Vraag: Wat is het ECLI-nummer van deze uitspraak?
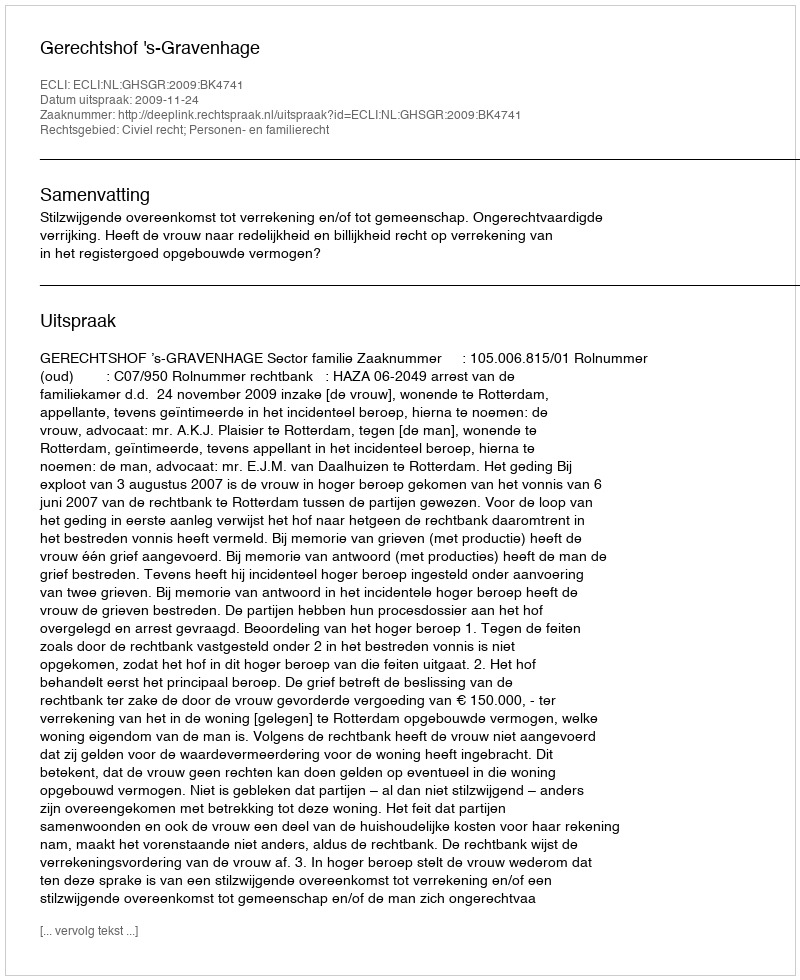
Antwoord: ECLI:NL:GHSGR:2009:BK4741